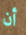
أن